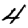
Digit: 4